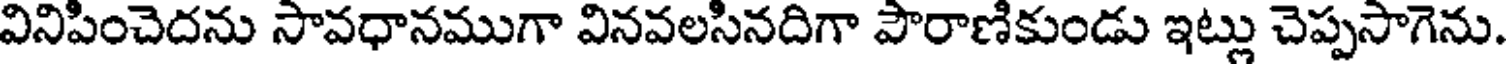
వినిపించెదను సావధానముగా వినవలసినదిగా పౌరాణికుండు ఇట్లు చెప్పసాగెను.